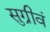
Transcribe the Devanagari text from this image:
सुग्रीवं